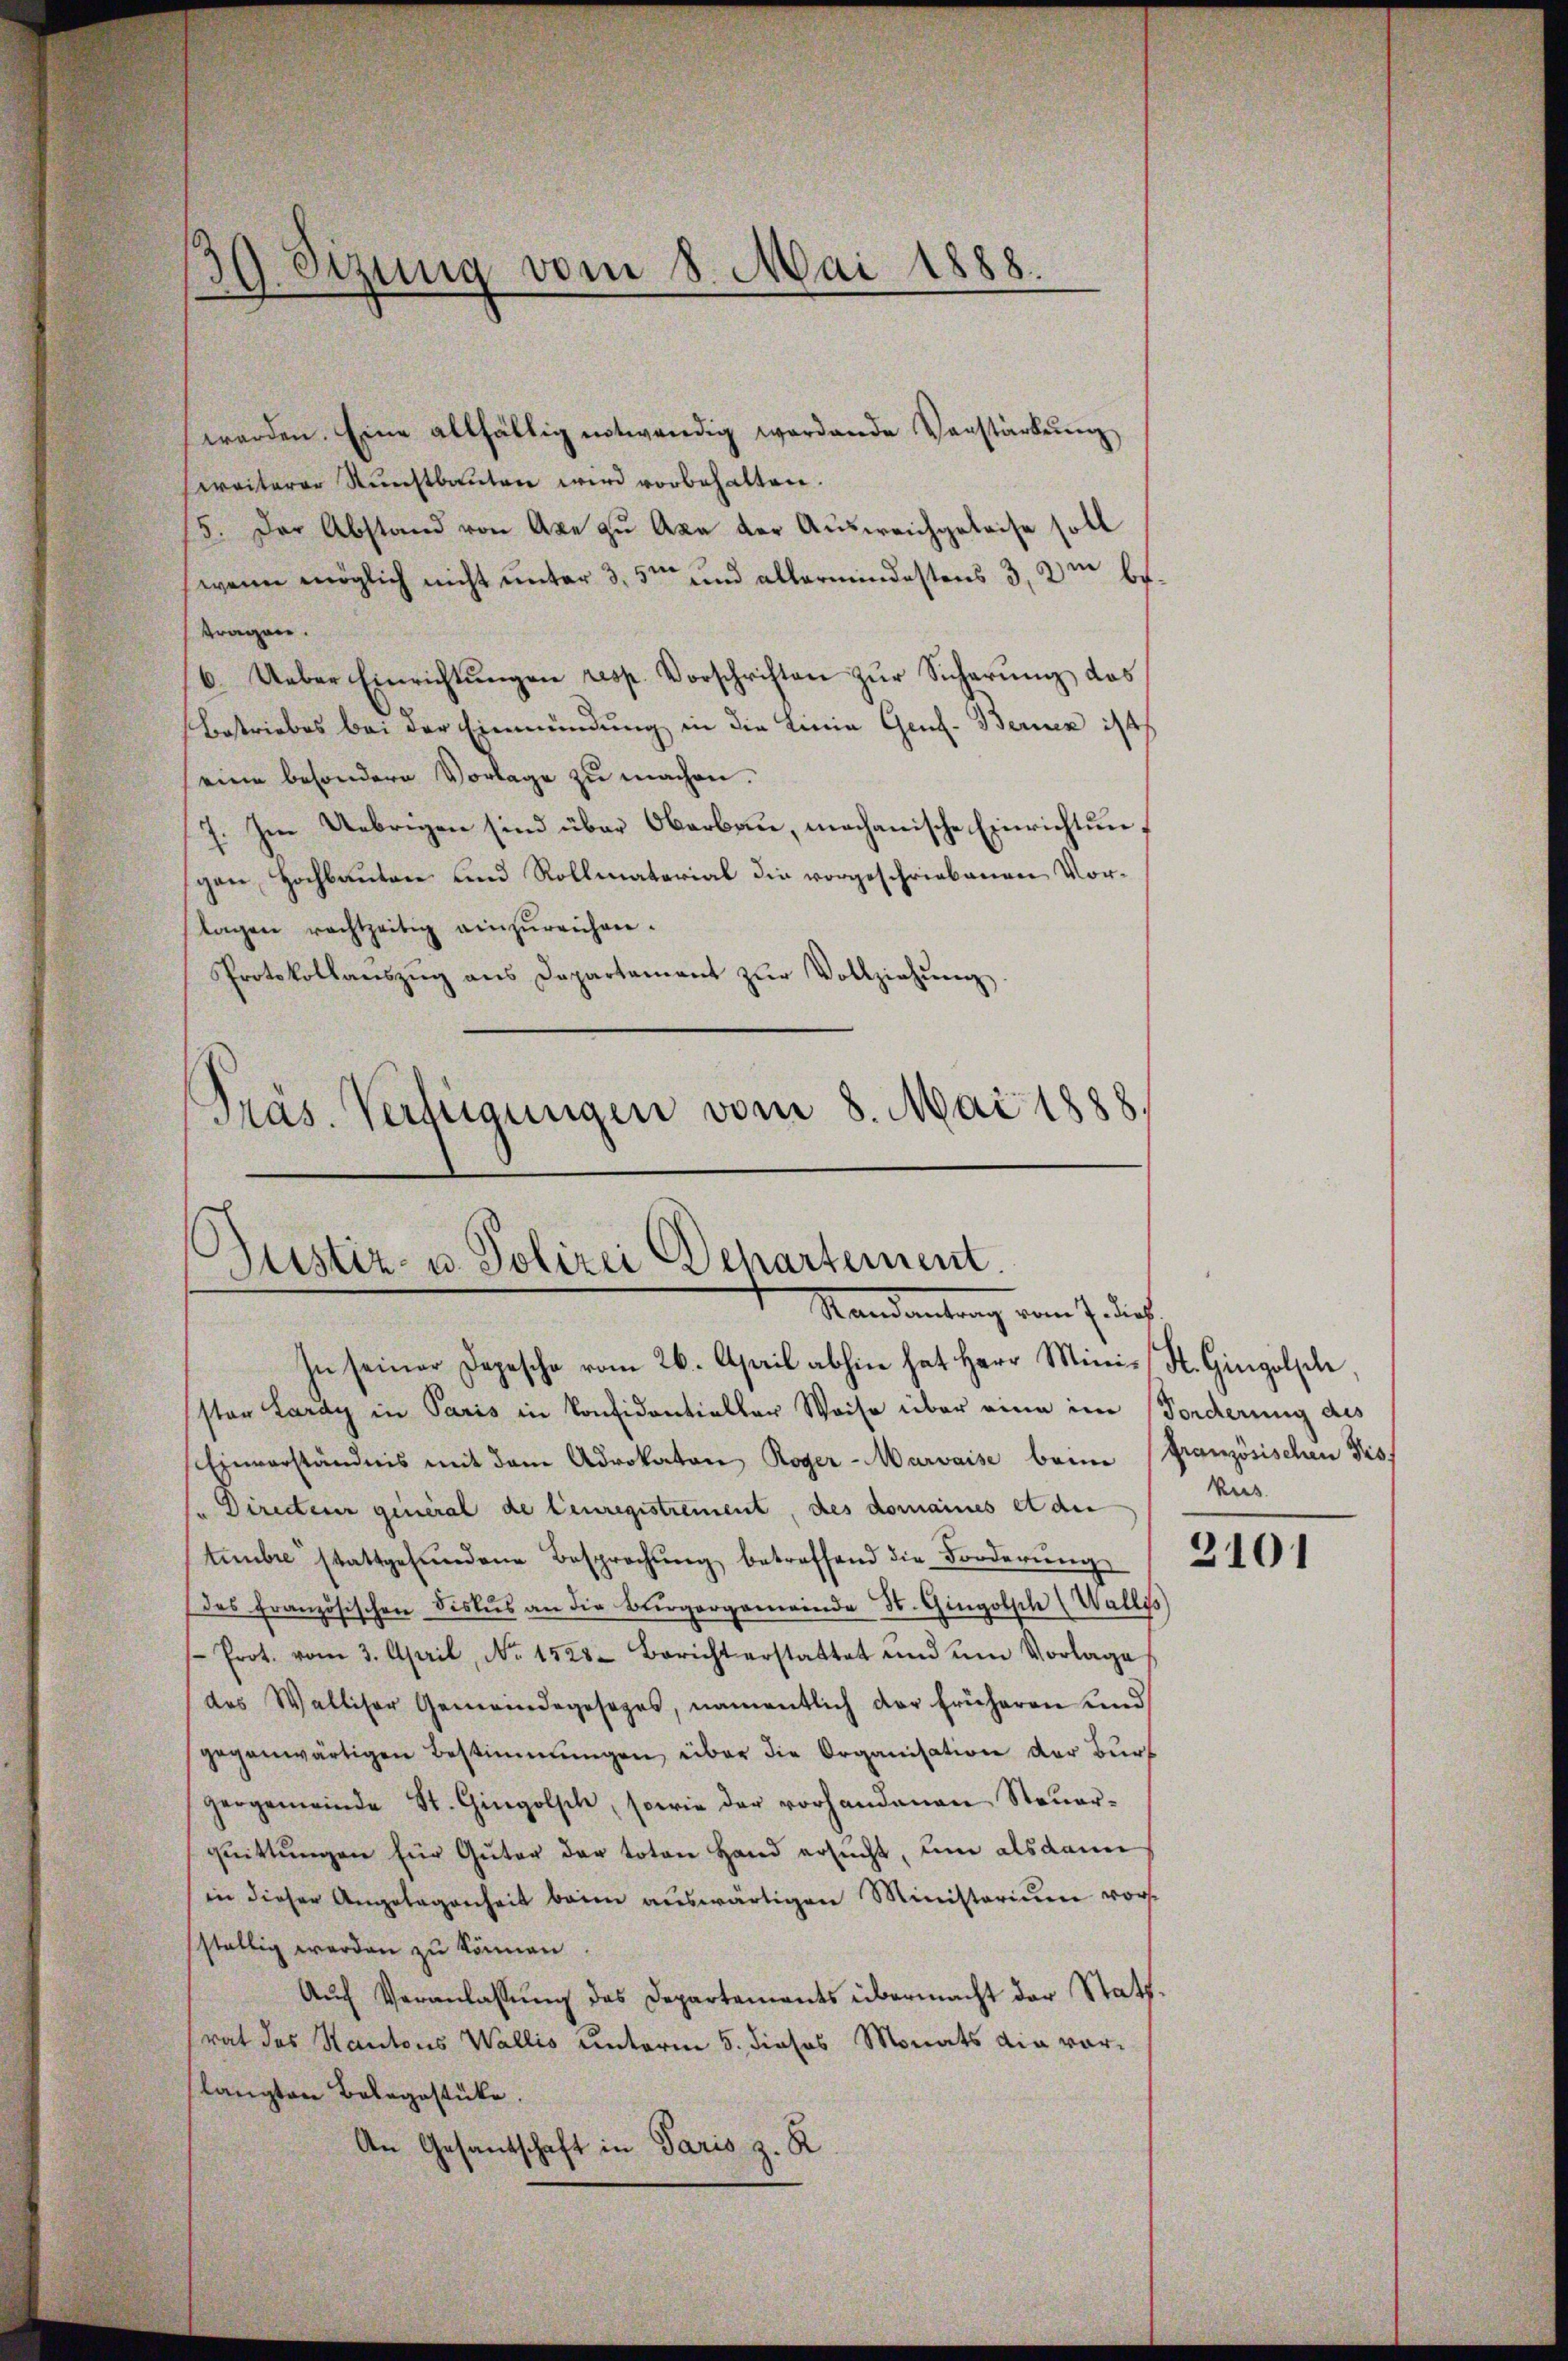
39. Sizung vom 8. Mai 1888.
n

worden. Eine allfällig notwendig werdende Vorstärkung
weiterer Kunstbauten wird vorbehalten.
15. Der Abstand von Axe zu Axa der Ausweichgeleise soll
(wenn möglich nicht unter 3,5m und allermindestens 3, am betragen.
6. Ueber Einrichtŭngen resp. Vorschriften zur Sicherung des
Betriebes bei der Einmündung in die Linie Genf. Berner 14
eine besondere Vorlage zu machen.
7. Im Uebrigen sind über Oberbau, mechanische Einrichtungen Hochbauten und Rollmaterial die vorgeschriebenen Vortagen rechtzeitig einzŭreichen.
Protokollaŭszŭg ans Departament zŭr Vollziehŭng.
Präs. Verfügungen vom 8. Mai 1888.

Justiz- u. Polizei Departement.
Mandantrag vom 7. dies
In seiner Depesche vom 26. April abhin hat Herr Minis, St. Gingolpele,

ster Lardy in Paris in Considentieller Weise über eine im Forderung des
schinverständnis mit dem Advokaton Roger-Marvaise beim französischen Fis
" Directeur general de leuregistrement, des domaines et die
tembre stattgefŭndene Besprechŭng betreffend die Forderŭng
des französischen Fiskus an die Bürgergemeinde St. Gingotsch (Wallis
Prot. vom 3. April, No. 1528. Bericht erstattet und um Vorlage
des Walliser Gemeindegesezes, namentlich der früheren und
gegenwärtigen Bestimmungen über die Organisation der Bürgergemeinde St. Gingolsch, sowie der vorhandenen Steŭer-
qŭittŭngen für Güter der toten Hand ersŭcht, und alsdann
in dieser Angelegenheit beime aŭswärtigen Ministerium vorsställig werden zu können
Aŭf Veranlassŭng des Departements übermacht der Statt.
rat des Kantons Wallis unterm 5. dieses Monats ain vorlangten Belegestücke.
An Gesantschaft in Paris z. R.

kus.

2101